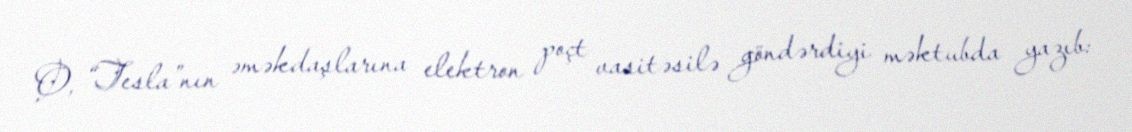
O, “Tesla”nın əməkdaşlarına elektron poçt vasitəsilə göndərdiyi məktubda yazıb: